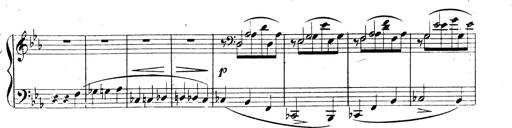
Title: 3 Caprices-Valses
Composer: Franz Liszt